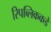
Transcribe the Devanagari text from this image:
रिपब्लिककडे